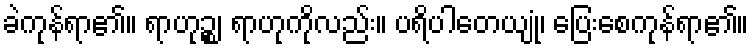
ခဲကုန်ရာ၏။ ရာဟုဉ္စ၊ ရာဟုကိုလည်း။ ပရိပါတေယျုံ၊ ပြေးစေကုန်ရာ၏။